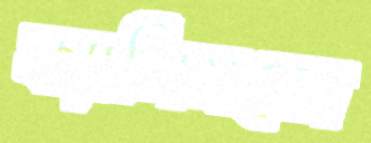
ক্যালিসতো